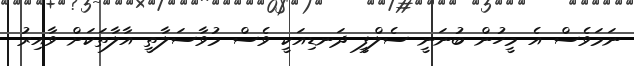
ނަމަވެސް އެ މީހުން ބުނަނީ ސެލްފީ ދަނޑިއަކީ ވެސް މުވާސަލާތީ އާލާތަކަށް ވާއިރު